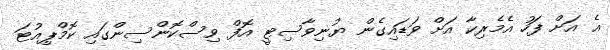
އެ އަށް ފަހު އެމެރިކާ އަށް ވަޑައިގެން ޔުނިވާސިޓީ އޮފް ވިސްކޮންސިންގައި ކޮމްޕިއުޓަ